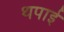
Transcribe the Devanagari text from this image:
थपाई